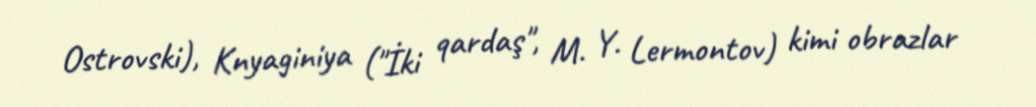
Ostrovski), Knyaginiya ("İki qardaş", M. Y. Lermontov) kimi obrazlar